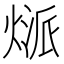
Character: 𤋻